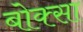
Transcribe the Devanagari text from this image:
बोक्सा